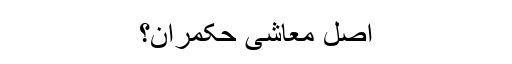
اصل معاشی حکمران؟